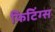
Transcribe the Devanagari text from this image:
फिटिंग्स